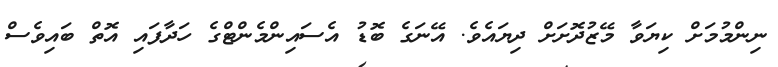
ނިންމުމަށް ކިޔަވާ މޭޒުދޮށަށް ދިޔައެވެ. އޭނަގެ ބޮޑު އެސައިންމެންޓްގެ ހަދާފައި އޮތް ބައިވެސް